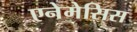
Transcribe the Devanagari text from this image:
एनेमेसिस